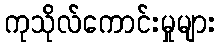
ကုသိုလ်ကောင်းမှုများ